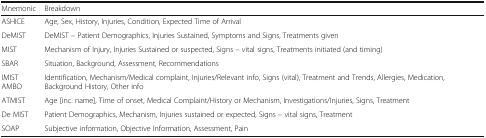
| Mnemonic | Breakdown |
 | --- | --- |
 | ASHICE | Age, Sex, History, Injuries, Condition, Expected Time of Arrival |
 | DeMIST | DeMIST – Patient Demographics, Injuries Sustained, Symptoms and Signs, Treatments given |
 | MIST | Mechanism of Injury, Injuries Sustained or suspected, Signs – vital signs, Treatments initiated (and timing) |
 | SBAR | Situation, Background, Assessment, Recommendations |
 | IMIST AMBO | Identification, Mechanism/Medical complaint, Injuries/Relevant info, Signs (vital), Treatment and Trends, Allergies, Medication, Background History, Other info |
 | ATMIST | Age [inc. name], Time of onset, Medical Complaint/History or Mechanism, Investigations/Injuries, Signs, Treatment |
 | De MIST | Patient Demographics, Mechanism, Injuries sustained or expected, Signs – vital signs, Treatment |
 | SOAP | Subjective information, Objective Information, Assessment, Pain |